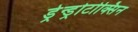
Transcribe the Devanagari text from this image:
ड्रेन्ड्रोटोक्सिन